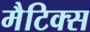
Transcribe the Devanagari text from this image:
मैटिक्स